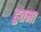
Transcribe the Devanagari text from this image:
हुतमा